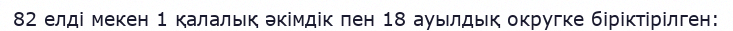
82 елді мекен 1 қалалық әкімдік пен 18 ауылдық округке біріктірілген: